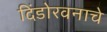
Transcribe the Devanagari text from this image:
दिंडोरवनाचे